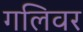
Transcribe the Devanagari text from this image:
गलिवर